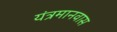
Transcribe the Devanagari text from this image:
यंत्रमानवास